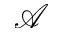
\mathcal { A }